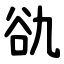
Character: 䜪